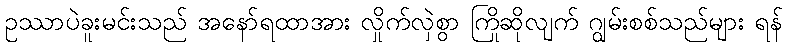
ဥဿာပဲခူးမင်းသည် အနော်ရထာအား လှိုက်လှဲစွာ ကြိုဆိုလျက် ဂျွမ်းစစ်သည်များ ရန်